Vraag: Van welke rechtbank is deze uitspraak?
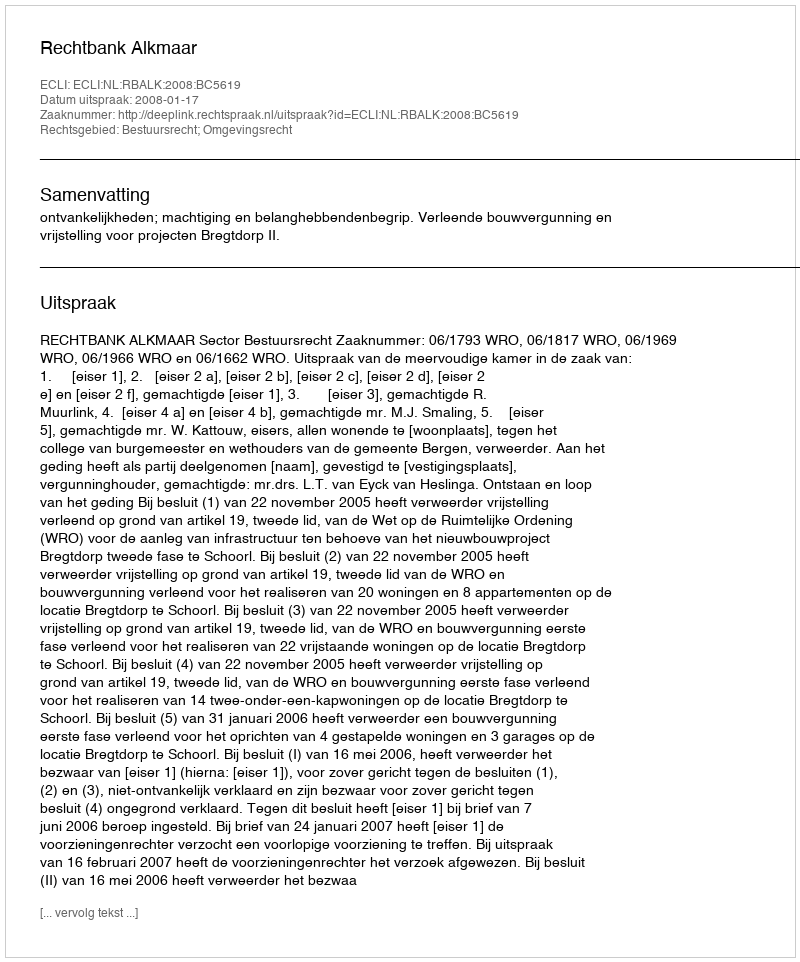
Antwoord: Rechtbank Alkmaar